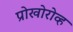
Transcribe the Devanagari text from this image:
प्रोखोरोव्ह